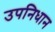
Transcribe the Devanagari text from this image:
उपनिधान